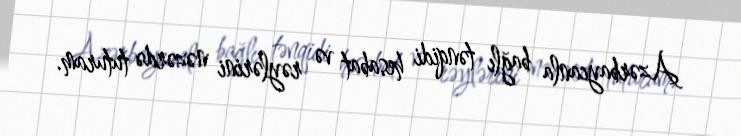
Azərbaycanla bağlı tənqidi hesabat və rəylərini nəzərdə tuturam.